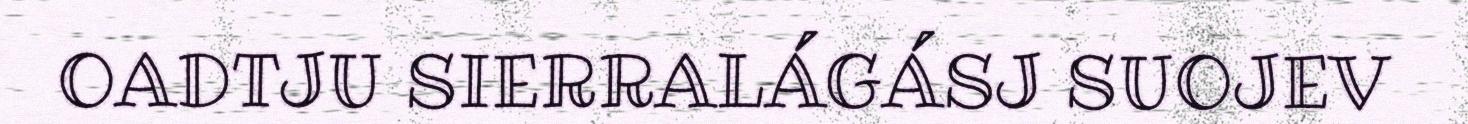
OADTJU SIERRALÁGÁSJ SUOJEV